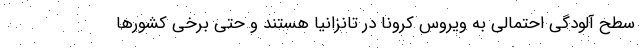
سطح آلودگی احتمالی به ویروس کرونا در تانزانیا هستند و حتی برخی کشورها